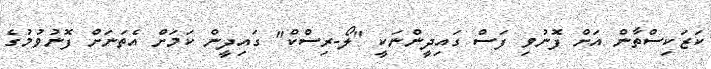
ކަޒަކިސްތާން އަށް ފޮނުވި ފަސް ގައިދީންނަކީ "ލޯ-ރިސްކް" ގައިދީން ކަމަށް އެތަނަށް ފޮނުވުމުގެ